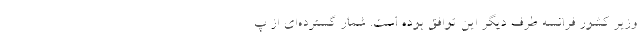
وزیر کشور فرانسه طرف دیگر این توافق بوده است. شمار گسترده‌ای از پ